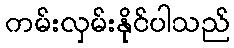
ကမ်းလှမ်းနိုင်ပါသည်